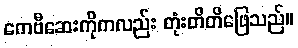
ကေဗီဆေးကိုကလည်း တုံးတိတိဖြေသည်။